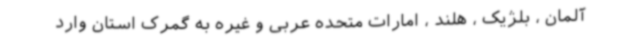
آلمان ، بلژیک ، هلند ، امارات متحده عربی و غیره به گمرک استان وارد